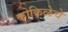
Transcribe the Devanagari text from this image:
कोकिळेचे